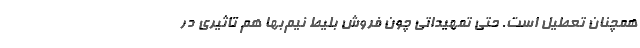
همچنان تعطیل است. حتی تمهیداتی چون فروش بلیط نیم‌بها هم تاثیری در